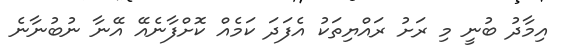
އިމާދު ބުނީ މި ރަށު ރައްޔިތަކު އެފަދަ ކަމެއް ކޮށްފާނެއޭ އޭނާ ނުބުނާނެ